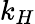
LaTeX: k_{H}